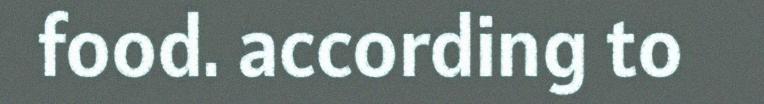
food. according to